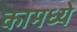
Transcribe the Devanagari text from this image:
कामध्ये